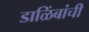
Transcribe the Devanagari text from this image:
डाळिंबांची